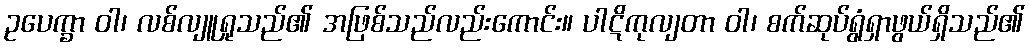
ဥပေက္ခာ ဝါ၊ လစ်လျူရှုသည်၏ အဖြစ်သည်လည်းကောင်း။ ပါဋိကုလျတာ ဝါ၊ စက်ဆုပ်ရွံရှာဖွယ်ရှိသည်၏